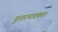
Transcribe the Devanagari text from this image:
पुनरुत्पादकता